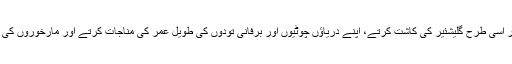
بستی کے بوڑھے ہر سرما کی آمد پر اْسی طرح گلیشئیر کی کاشت کرتے، اپنے دریاؤں چوٹیوں اور برفانی تودوں کی طویل عمر کی مناجات کرتے اور مارخوروں کی نسل بچانے کو جتن کرتے نظر آتے۔